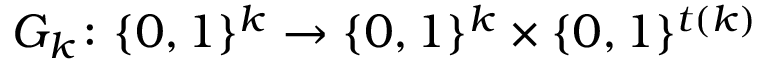
G _ { k } \colon \{ 0 , 1 \} ^ { k } \to \{ 0 , 1 \} ^ { k } \times \{ 0 , 1 \} ^ { t ( k ) }